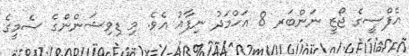
އެފްސީގެ ޖޯޒީ ނަންބަރ 8 އަޙްމަދު ނިފާއު އެވެ. މި ޑިވިޝަންންގެ ސެމީގެ